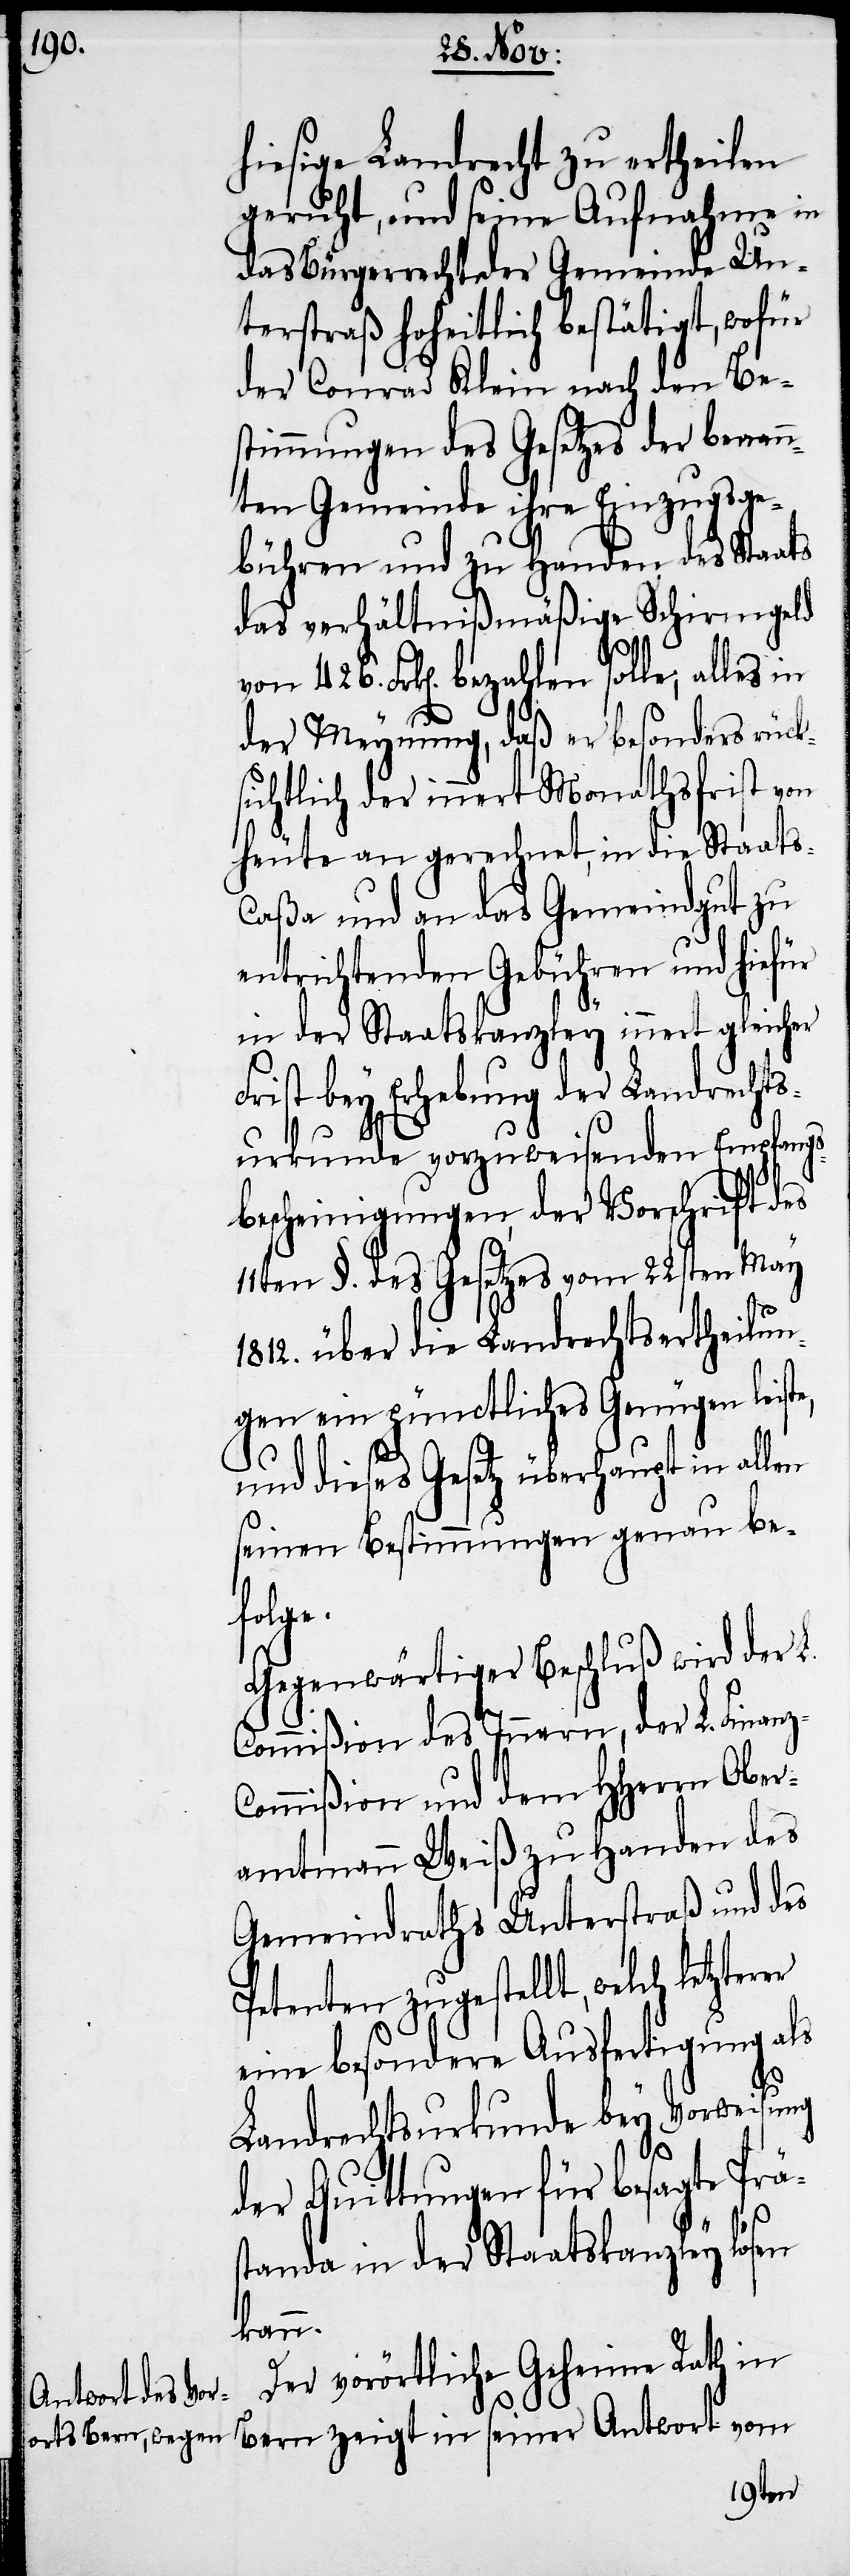
hiesige Landrecht zu ertheilen
geruht, und seine Aufnahme in
das Bürgerrecht der Gemeinde Un¬
terstraß hoheitlich bestätigt, wofür
der Conrad Klein nach den Be¬
stimmungen des Gesetzes der benan¬
nten Gemeinde ihre Einzugsge¬
bühren und zu Handen des Staats
das verhältnißmäßige Schirmgeld
der Meynung, daß er besonders rück¬
sichtlich der innert Monathsfrist von
heute an gerechnet, in die Staats-C¬
aßa und an das Gemeindgut zu
entrichtenden Gebühren und hiefür
in der Staatskanzley innert gleicher
Frist bey Erhebung der Landrechts¬
urkunde vorzuweisenden Empfangs¬
bescheinigungen, der Vorschrift des
11ten §. des Gesetzes vom 22sten May
1812. über die Landrechtsertheilun¬
gen ein pünctliches Genügen leiste,
und dieses Gesetz überhaupt in allen
seinen Bestimmungen genau be¬
folge.
Gegenwärtiger Beschluß wird der L.
Commißion des Innern, der L. Fin¬
ommißion und dem HHerrn Ober¬
amtmann Weiß zu Handen des
Gemeindraths Unterstraß und des
Bern zeigt in seiner Antwort
eine besondere Ausfertigung als
Landrechtsurkunde bey Vorweisung
der Quittungen für besagte Prä¬
standa in der Staatskanzley lösen
kann.
Der vorörtliche Geheime Rath in
tzterer